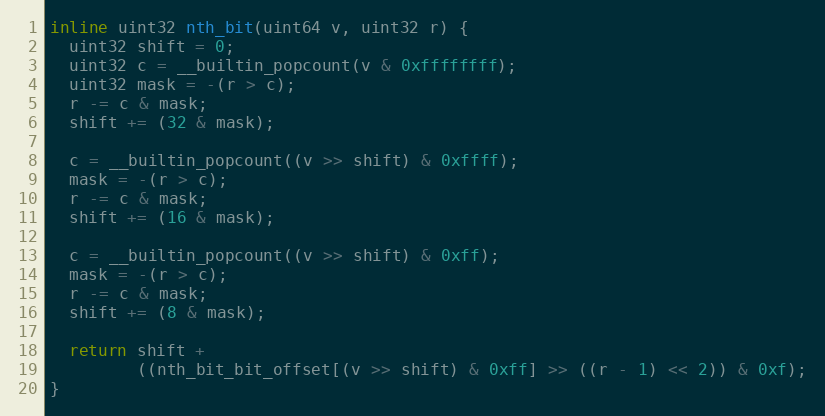
Language: C
inline uint32 nth_bit(uint64 v, uint32 r) {
  uint32 shift = 0;
  uint32 c = __builtin_popcount(v & 0xffffffff);
  uint32 mask = -(r > c);
  r -= c & mask;
  shift += (32 & mask);

  c = __builtin_popcount((v >> shift) & 0xffff);
  mask = -(r > c);
  r -= c & mask;
  shift += (16 & mask);

  c = __builtin_popcount((v >> shift) & 0xff);
  mask = -(r > c);
  r -= c & mask;
  shift += (8 & mask);

  return shift +
         ((nth_bit_bit_offset[(v >> shift) & 0xff] >> ((r - 1) << 2)) & 0xf);
}